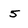
Character: 5